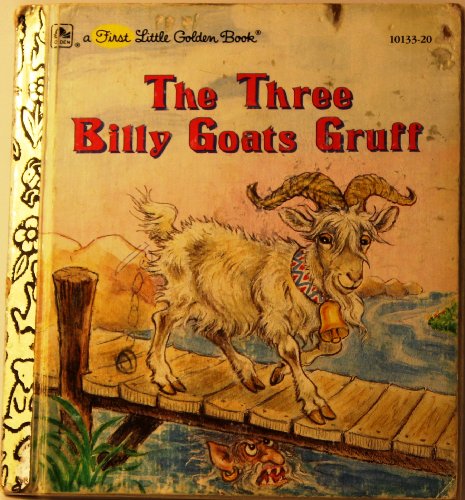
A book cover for The Three Billy Goats Gruff (A First Little Golden Book); Ellen Rudin; Children's Books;